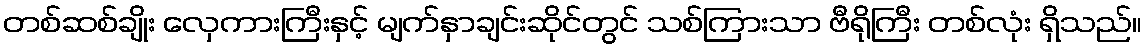
တစ်ဆစ်ချိုး လှေကားကြီးနှင့် မျက်နှာချင်းဆိုင်တွင် သစ်ကြားသာ ဗီရိုကြီး တစ်လုံး ရှိသည်။